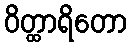
ဝိတ္ထာရိတော